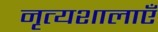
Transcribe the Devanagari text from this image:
नृत्यशालाएँ